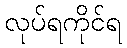
လုပ်ရကိုင်ရ